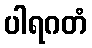
ပါရဂတံ